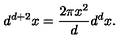
d ^ { d + 2 } x = \frac { 2 \pi x ^ { 2 } } { d } d ^ { d } x .